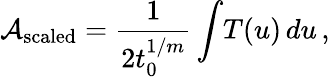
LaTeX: {\cal A}_{\mathrm{scaled}}={\frac{1}{2t_{0}^{1/m}}}\int\! T(u)\, du\, ,